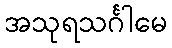
အသုရသင်္ဂါမေ